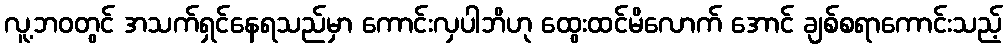
လူ့ဘဝတွင် အသက်ရှင်နေရသည်မှာ ကောင်းလှပါဘိဟု ထွေးထင်မိလောက် အောင် ချစ်စရာကောင်းသည့်